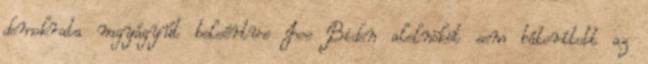
demokrata nagyágyút beleértve Joe Biden alelnököt sem bátorított az